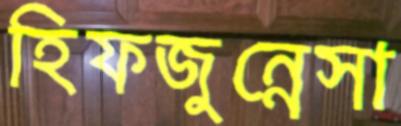
হিফজুন্নেসা